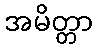
အမိတ္တာ